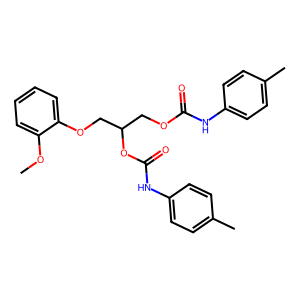
SMILES: COc1ccccc1OCC(COC(=O)Nc1ccc(C)cc1)OC(=O)Nc1ccc(C)cc1
Inhibits HIV replication: No